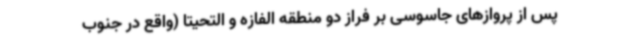
پس از پروازهای جاسوسی بر فراز دو منطقه الفازه و التحیتا (واقع در جنوب